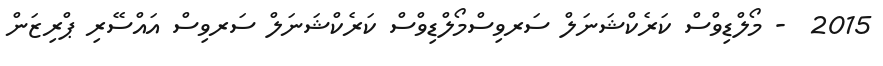
2015  - މޯލްޑިވްސް ކަރެކްޝަނަލް ސަރވިސްމޯލްޑިވްސް ކަރެކްޝަނަލް ސަރވިސް އައްސޭރި ޕްރިޒަން